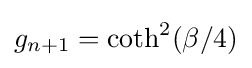
g_{n+1}=\mathrm {coth} ^{2}(\beta /4)